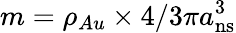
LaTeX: m=\rho_{Au}\times 4/3\pi a_{\mathrm{ns}}^{3}